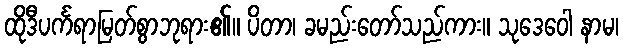
ထိုဒီပင်္ကရာမြတ်စွာဘုရား၏။ ပိတာ၊ ခမည်းတော်သည်ကား။ သုဒေဝေါ နာမ၊